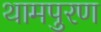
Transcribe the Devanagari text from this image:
थामपुरण